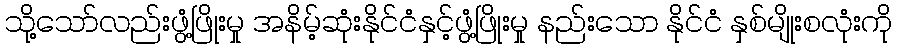
သို့သော်လည်းဖွံ့ဖြိုးမှု အနိမ့်ဆုံးနိုင်ငံနှင့်ဖွံ့ဖြိုးမှု နည်းသော နိုင်ငံ နှစ်မျိုးစလုံးကို